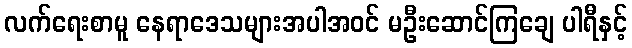
လက်ရေးစာမူ နေရာဒေသများအပါအဝင် မဦးဆောင်ကြချေ ပါရီနှင့်